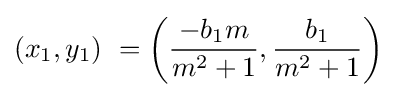
\left(x_{1},y_{1}\right)\ =\left({\frac {-b_{1}m}{m^{2}+1}},{\frac {b_{1}}{m^{2}+1}}\right)